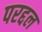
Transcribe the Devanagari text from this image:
परद्दल